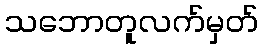
သဘောတူလက်မှတ်